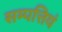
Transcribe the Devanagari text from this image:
सम्पत्तियं